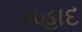
મહાદ